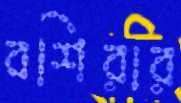
বশিরার